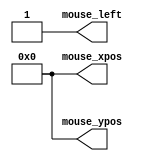
module draw_rect_ctl_tb(
    output reg mouse_left,
    output reg [11:0] mouse_xpos,
    output reg [11:0] mouse_ypos
    );



initial 
    begin
        mouse_xpos <= 0;
        mouse_ypos <= 0;
        mouse_left <= 0;
        #10;
        mouse_left <= 1'b1;
    end
    
    
endmodule